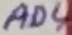
Text: AD4